Senior Leaving Certificate Examination (including Day School Certificate (Higher) General paper), 1947
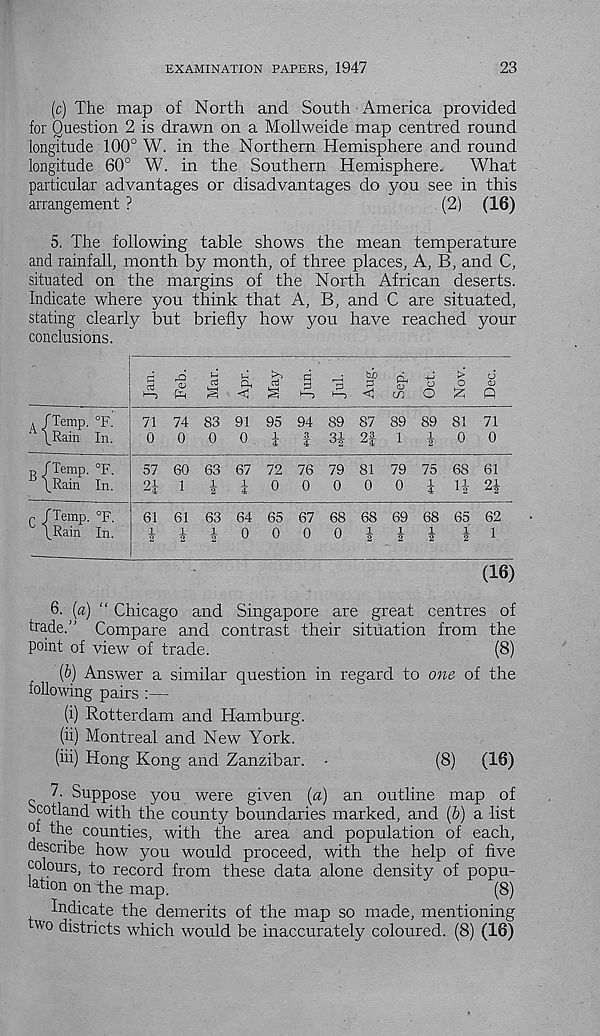
EXAMINATION PAPERS, 1947
23
(c) The map of North and South America provided
for Question 2 is drawn on a Mollweide map centred round
longitude 100° W. in the Northern Hemisphere and round
longitude 60° W. in the Southern Hemisphere.
What
particular advantages or disadvantages do you see in this
arrangement ?
(2) (16)
5. The following table shows the mean temperature
and rainfall, month by month, of three places, A, B, and C,
situated on the margins of the North African deserts.
Indicate where you think that A, B, and C are situated,
stating clearly but briefly how you have reached your
conclusions.
cd
1 —>
^5 <D
u
Ph a3
bo a, a
O
> o
£
<D
Q
71 74 83 91 95 94 89 87 89 89 81 71
0 0 0 0 4 | 34 2f 1
4 0 0
B /Temp. °F.
\Rain In.
57 60 63 67 72 76 79 81 79 75 68 61
14 1 0 0 0 0 0
2i
i H 24
c /Temp. °F.
(Ram In.
61 61 63 64 65 67 68 68 69 68 65 62
4440000444
41
(16)
6. (a) “ Chicago and Singapore are great centres of
trade." Compare and contrast their situation from the
point of view of trade.
(8)
(6) Answer a similar question in regard to one of the
following pairs :—
(i) Rotterdam and Hamburg.
(ii) Montreal and New York.
(hi) Hong Kong and Zanzibar. -
(8)
(16)
7. Suppose you were given (a) an outline map of
Scotland with the county boundaries marked, and (b) a list
°i the counties, with the area and population of each,
describe how you would proceed, with the help of five
colours, to record from these data alone density of popu-
lation on the map.
(8)
Indicate the demerits of the map so made, mentioning
wo districts which would be inaccurately coloured. (8) (16)